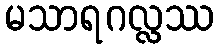
မသာရဂလ္လဿ